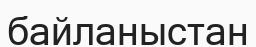
байланыстан